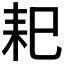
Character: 𦓨